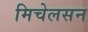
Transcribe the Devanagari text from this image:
मिचेलसन